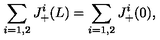
\sum _ { i = 1 , 2 } J _ { + } ^ { i } ( L ) = \sum _ { i = 1 , 2 } J _ { + } ^ { i } ( 0 ) ,